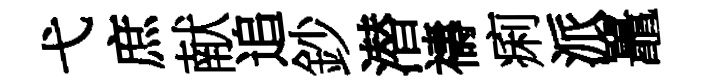
弋庶献追鈔潜禱痢派鼉